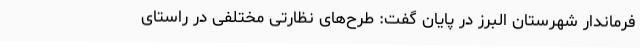
فرماندار شهرستان البرز در پایان گفت: طرح‌های نظارتی مختلفی در راستای